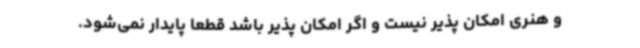
و هنری امکان پذیر نیست و اگر امکان پذیر باشد قطعا پایدار نمی‌شود.